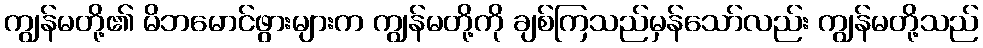
ကျွန်မတို့၏ မိဘမောင်ဖွားများက ကျွန်မတို့ကို ချစ်ကြသည်မှန်သော်လည်း ကျွန်မတို့သည်